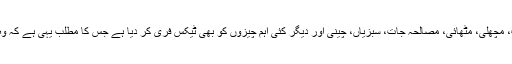
پھل، خشک میوہ جات، مچھلی، مٹھائی، مصالحہ جات، سبزیاں، چینی اور دیگر کئی اہم چیزوں کو بھی ٹیکس فری کر دیا ہے جس کا مطلب یہی ہے کہ وہ مہنگی نہیں ہوں گی۔